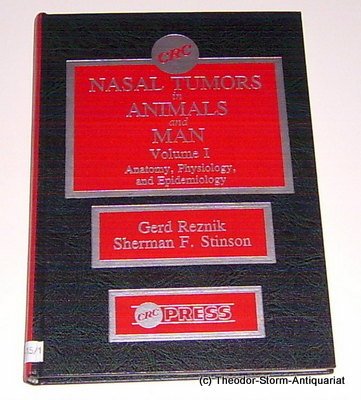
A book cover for Nasal Tumors in Animalc & Man; Medical Books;